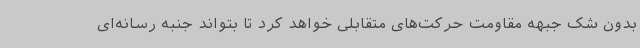
بدون شک جبهه مقاومت حرکت‌های متقابلی خواهد کرد تا بتواند جنبه رسانه‌ای